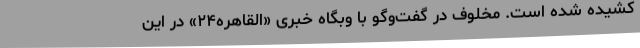
کشیده شده است. مخلوف در گفت‌و‌گو با وبگاه خبری «القاهره۲۴» در این